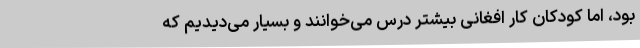
بود، اما کودکان کار افغانی بیشتر درس می‌خوانند و بسیار می‌دیدیم که